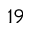
^ { 1 9 }